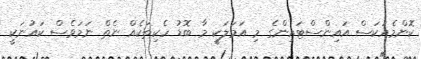
ކޮންމެއަކަސް އައިންސްޓައިންގެ މި އަމަލަކީ މާ ބޮޑު ހެކިތަކެއް ނެތް ނަމަވެސް ކައުނަކީ